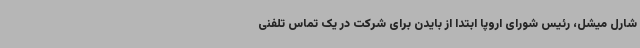
شارل میشل، رئیس شورای اروپا ابتدا از بایدن برای شرکت در یک تماس تلفنی